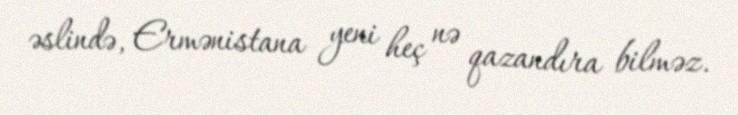
əslində, Ermənistana yeni heç nə qazandıra bilməz.